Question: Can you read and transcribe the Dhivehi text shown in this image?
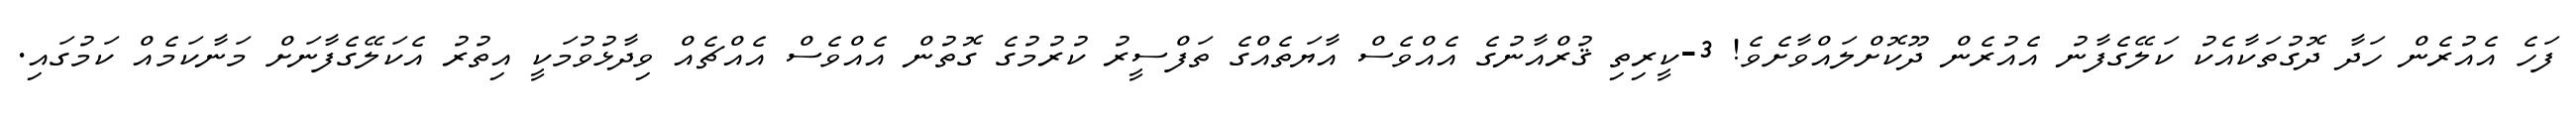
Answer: ފަހެ އެއުރެން ހަދާ ދޮގުތަކާއެކު ކަލޭގެފާނު އެއުރެން ދޫކޮށްލައްވާށެވެ! 3-ކީރިތި ޤުރްއާނުގެ އެއްވެސް އާޔަތެއްގެ ތަފްސީރު ކުރުމުގެ ގޮތުން އެއްވެސް އެއްޗެއް ވިދާޅުވުމަކީ އިތުރު އެކަލޭގެފާނަށް މަނާކަމެއް ކަމުގައި.